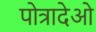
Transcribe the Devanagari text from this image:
पोत्रादेओ